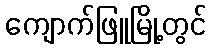
ကျောက်ဖြူမြို့တွင်